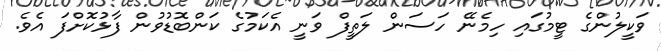
ވަކީލުންގެ ޓީމުގައި ހިމެނޭ ހަސަން ލަތީފް ވަނީ އެކަމުގެ ކަންބޮޑުވުން ފާޅުކޮށްފަ އެވެ.